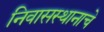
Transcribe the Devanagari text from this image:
निवासस्थानाचे